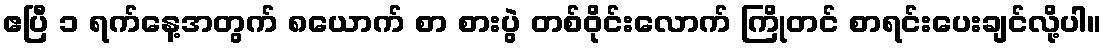
ဧပြီ ၁ ရက်နေ့အတွက် ၈ယောက် စာ စားပွဲ တစ်ဝိုင်းလောက် ကြိုတင် စာရင်းပေးချင်လို့ပါ။